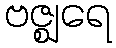
ဗဇ္ဈရေ